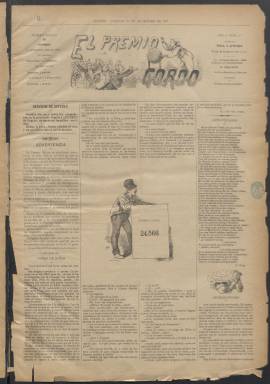
Título: El Premio gordo
Colección: Periódicos
Ámbito geográfico: Madrid
Lugar de publicación: Madrid
Fechas: 23/12/1887-21/10/1888